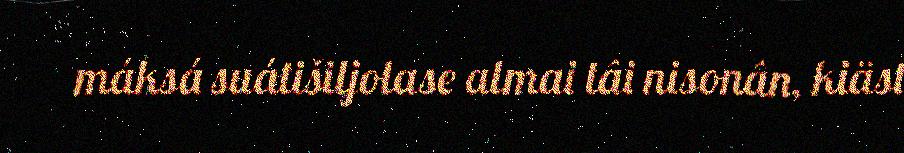
máksá suátišiljolase almai tâi nisonân, kiäst